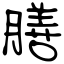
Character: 膳